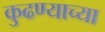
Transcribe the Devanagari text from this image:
कुढण्याच्या